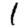
Digit: 1